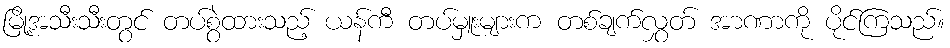
မြို့အသီးသီးတွင် တပ်စွဲထားသည့် ယန်ကီ တပ်မှူးများက တစ်ချက်လွှတ် အာဏာကို ပိုင်ကြသည်။